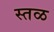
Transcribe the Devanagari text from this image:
स्तळ